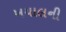
ખયાલની